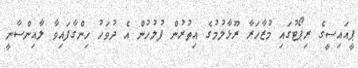
ޕީއައިސީގެ ރިޕޯޓުގައި މުޒާހަރާ ރޫޅާލުމުގެ އިތުރުން ފުލުހުން އެ ދުވަހު ހިންގާފައިވާ ލާއިންސާނީ